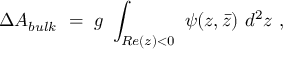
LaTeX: \Delta A _ { b u l k } ~ = ~ g ~ \int _ { { \cal R } e ( z ) < 0 } ~ \psi ( z , \bar { z } ) ~ d ^ { 2 } z \ ,